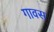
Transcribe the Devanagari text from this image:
गावस